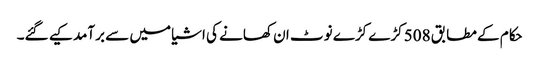
حکام کے مطابق 508 کڑے کڑے نوٹ ان کھانے کی اشیا میں سے برآمد کیے گئے۔